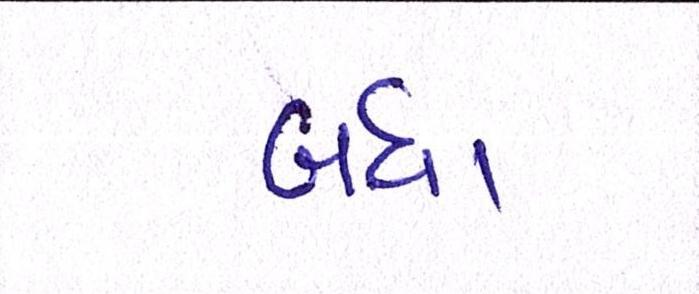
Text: બધા